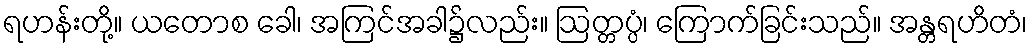
ရဟန်းတို့။ ယတောစ ခေါ၊ အကြင်အခါ၌လည်း။ ဩတ္တပ္ပံ၊ ကြောက်ခြင်းသည်။ အန္တရဟိတံ၊